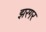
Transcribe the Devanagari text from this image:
झरगर